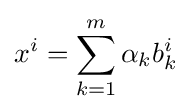
x^{i}=\sum _{k=1}^{m}\alpha _{k}b_{k}^{i}